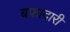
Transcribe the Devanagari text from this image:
बफादारी